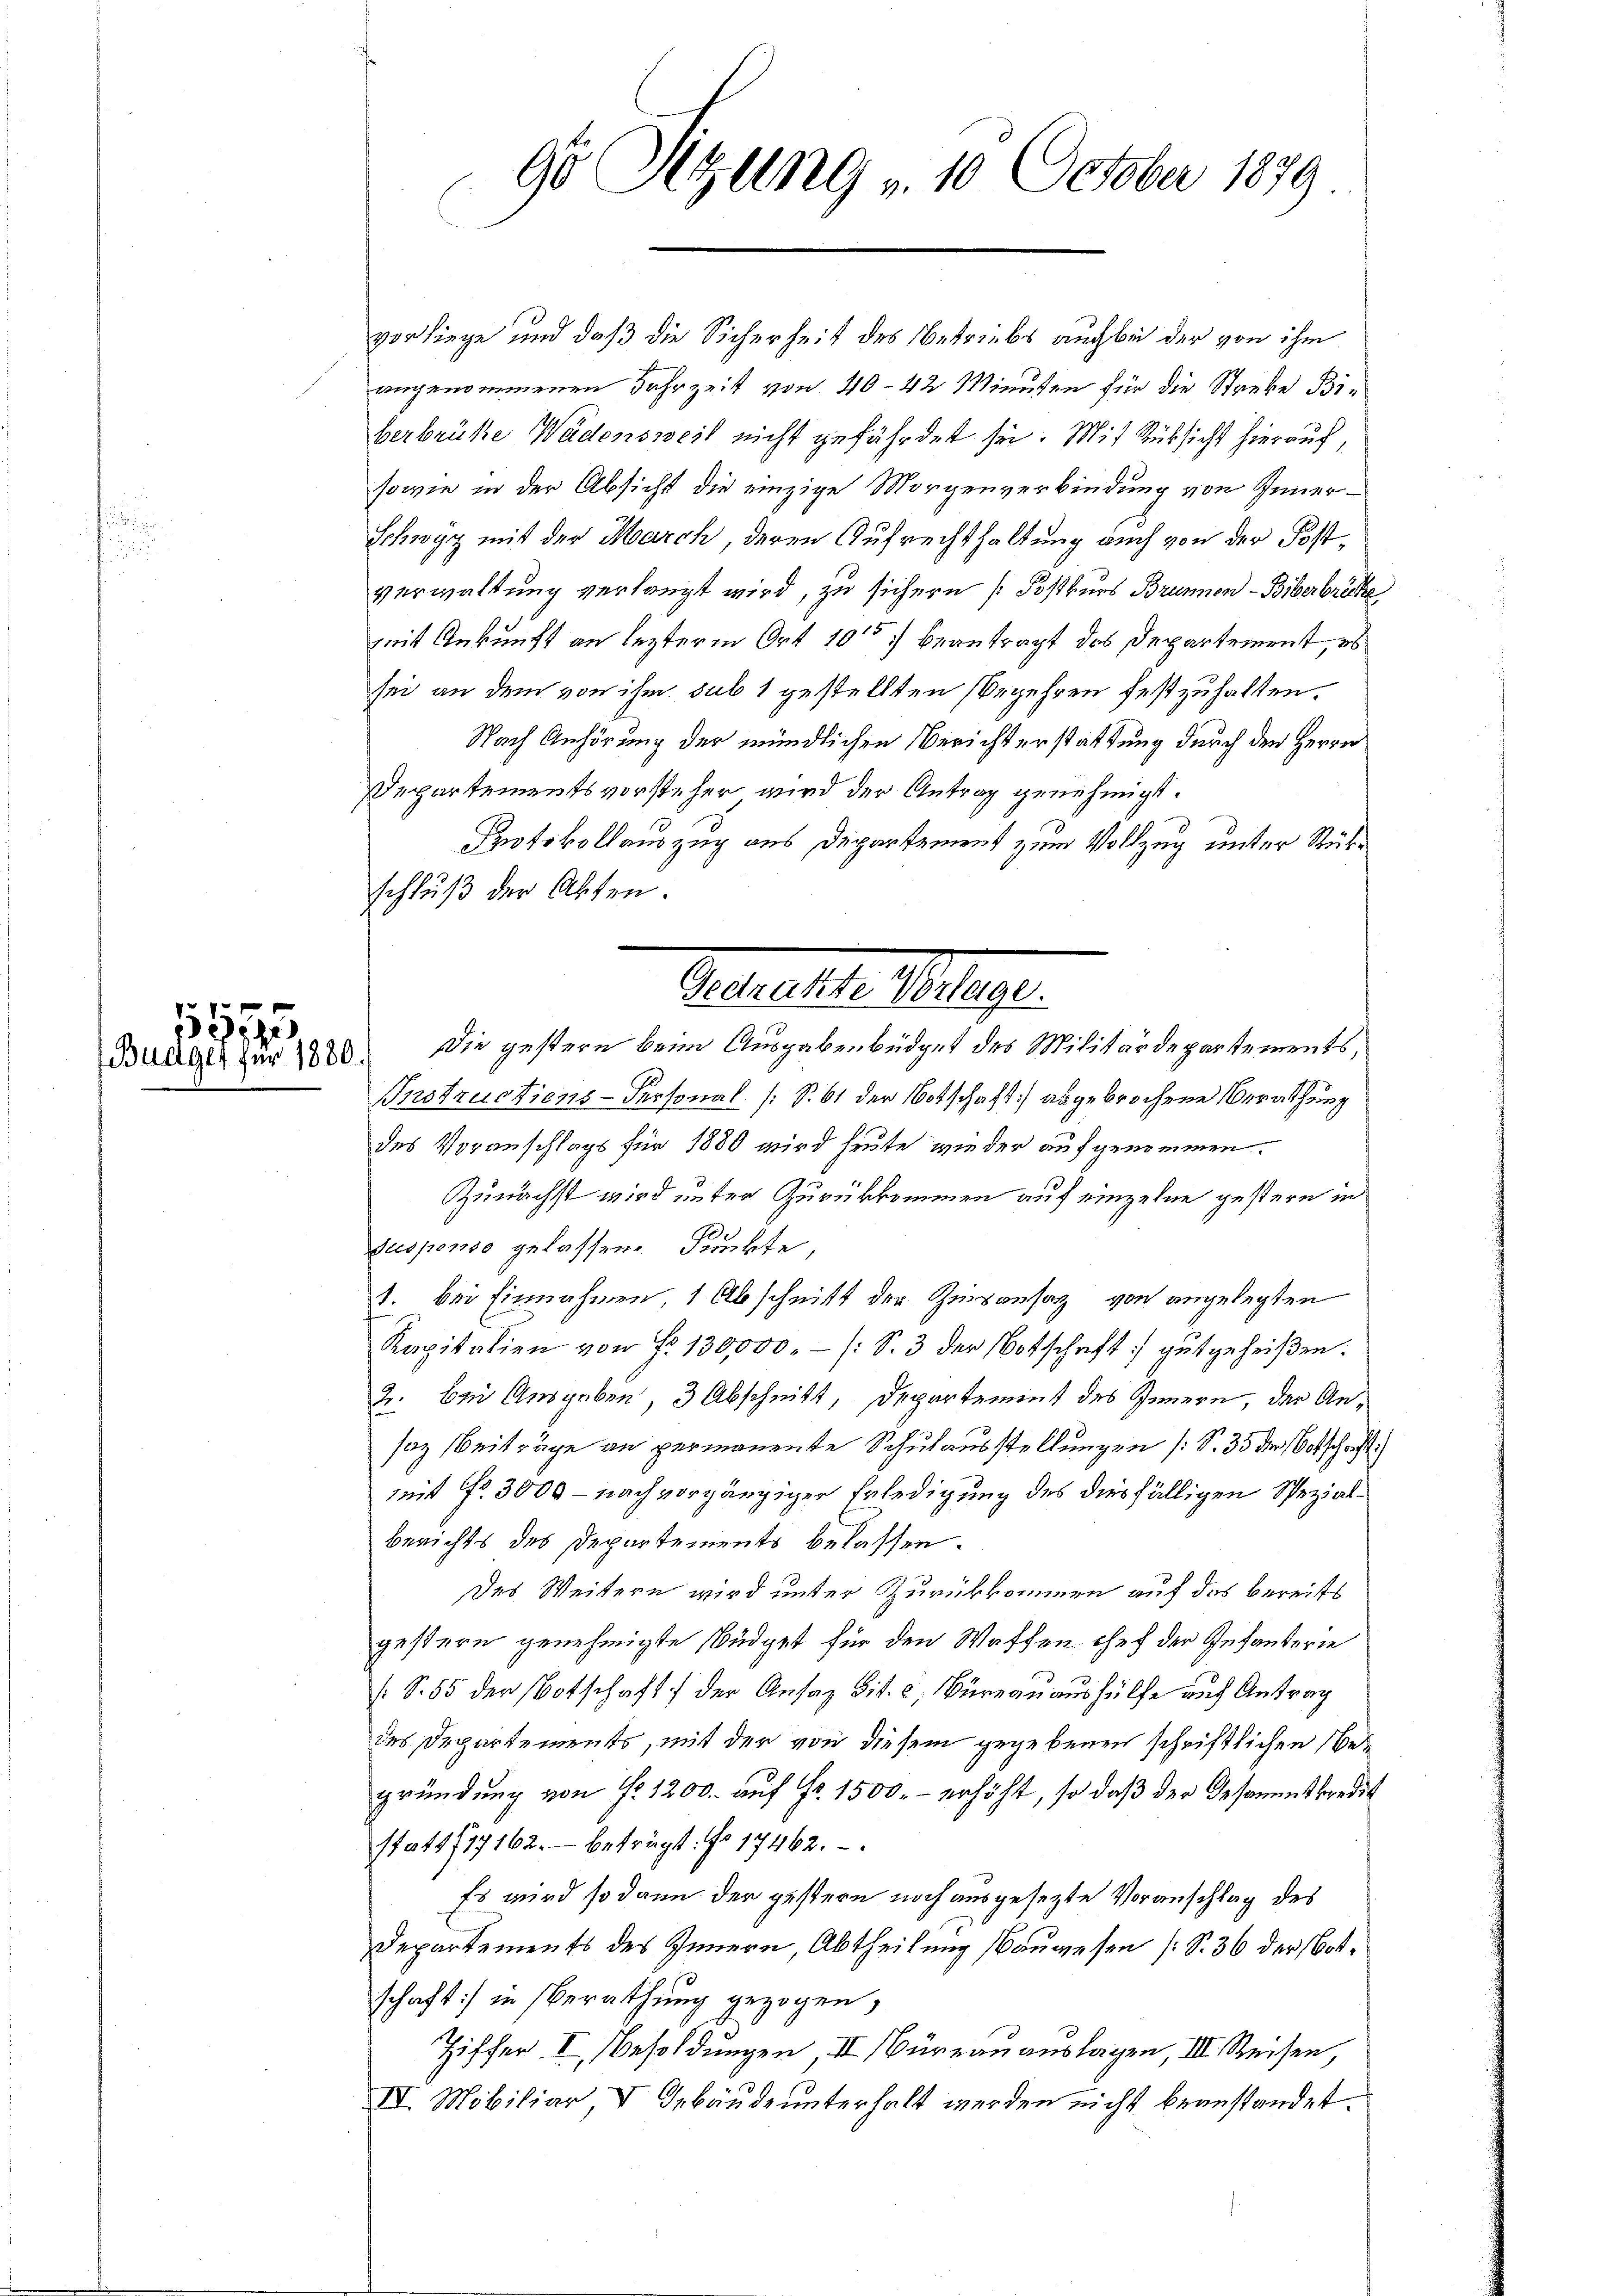
1555

vorliege und daß die Sicherheit des Betriebs auch bei der von ihm
angenommenen Jahrzeit von 40–42 Minuten für die Streke Biberbrüke Wädensweil nicht gefährdet sei. Mit Rücksicht hierauf,
sowie in der Absicht die einzige Morgenverbindung von Inner¬
Schwyz mit der March, deren Aufrechthaltung auch von der Postverwaltung verlangt wird, zu sichern [Postkurs Brunnen Biberbrücke
mit Ankunft an lezterm Ort 10ten beantragt das Departement, es
sei an dem von ihm sub 1 gestellten Begehren festzuhalten.
Nach Anhörung der mündlichen Berichterstattung durch den Herrn
Departementsvorsteher wird der Antrag genehmigt.
Protokollauszug aus Departement zum Vollzug unter Rükschluß der Akten.
Bunger für 1880. Die gestern beim Ausgabenbüdget des Militärdepartements,
Instructions-Personal (S. 61 der Botschaft) abgebrochene Berathung
des Voranschlags für 1880 wird heute wieder aufgenommen.
Zunächst wird unter Zurükkommen auf einzelne gestern in
Suspenso gelassene Funkte,
1. bei Einnahmen 1 Abschnitt der Zinsansatz von angelegten
Kapitalien von Fr. 130,000.- (S. 3 der Botschaft gutgeheißen.
2. bei Ausgaben, 3 Abschnitt, Departement des Innern, der Ansaz Beiträge an permanente Schulausstellungen (S. 35 der Botschaft
mit No. 3000 – nach vorgängiger Erledigung des diesfälligen Spezialberichts des Departements belassen.
Des Weitern wird unter Zurückkommen auf das bereits
gestern genehmigte Büdget für den Waffen chef der Infanterie
(S. 55 der Botschaft der Ansaz Tit. c, Büreauaushülfe auf Antrag
des Departements, mit der von diesem gegebenen schriftlichen Begründung von f. 1200. auf Fr. 1500.- erhöht, so daß der Gesammtkredit
statt 117162.- beträgt: No 17462.
Es wird so dann der gestern noch ausgesezte Voranschlag des
Departements des Innern, Abtheilung (Bauwesen (S. 36 der Botschaft) in Berathung gezogen,
Ziffer I. Besoldungen, III Büreau auslagen, III. Reisen,
IV. Mobiliar, V Gebäude unterhalt werden nicht beanstandet.

9o Sizung v. 10 October 1879

Gestellte Belegt.